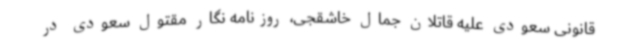
قانونی سعودی علیه قاتلان جمال خاشقجی، روزنامه نگار مقتول سعودی در